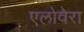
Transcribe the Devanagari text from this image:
एलोवेरा